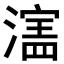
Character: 𬉄